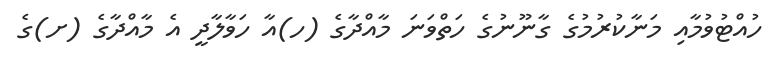
ހުއްޓުވުމާއި މަނާކުރުމުގެ ގާނޫނުގެ ހަތްވަނަ މާއްދާގެ (ހ)އާ ހަވާލާދީ އެ މާއްދާގެ (ށ)ގެ